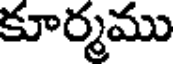
కూర్మము